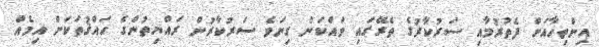
އިންތިހާއަށް ފެތުރުމާއި ސަރުކާރުގެ ތެރޭގައި ވައްކަން ގިނަވެ ސަރުކާރުން ރައްޔިތުންގެ ހައްޤުތަކަށް އިމެއް